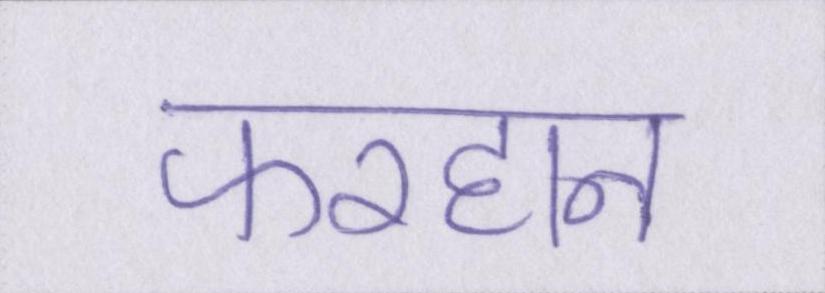
फरहान